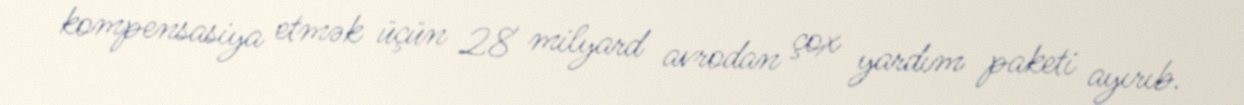
kompensasiya etmək üçün 28 milyard avrodan çox yardım paketi ayırıb.